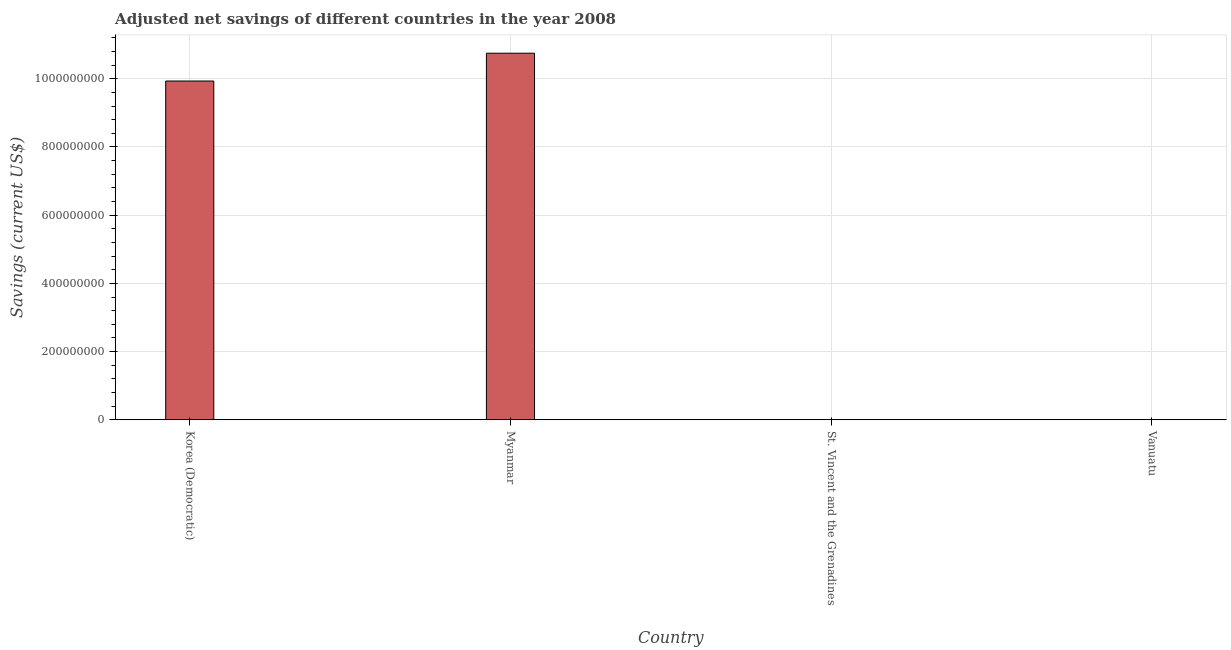
| Country | Adjusted savings: particulate emission damage (current US$) |
 | --- | --- |
 | Korea (Democratic) | 9.93e+08 |
 | Myanmar | 1.07e+09 |
 | St. Vincent and the Grenadines | 5.81e+04 |
 | Vanuatu | 5.06e+05 |